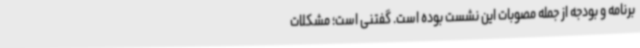
برنامه و بودجه از جمله مصوبات این نشست بوده است. گفتنی است؛ مشکلات